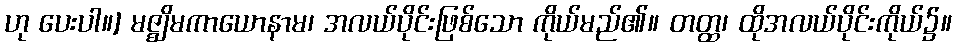
ဟု ပေးပါ။] မဇ္ဈိမကာယောနာမ၊ အလယ်ပိုင်းဖြစ်သော ကိုယ်မည်၏။ တတ္ထ၊ ထိုအလယ်ပိုင်းကိုယ်၌။